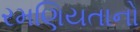
રમણિયતાનો